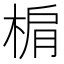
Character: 𣓖